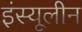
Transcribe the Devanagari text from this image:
इंस्यूलीन